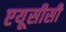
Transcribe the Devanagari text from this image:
एयूसीसी